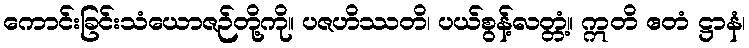
ကောင်းခြင်းသံယောဇဉ်တို့ကို။ ပဇဟိဿတိ၊ ပယ်စွန့်လတ္တံ့။ ဣတိ ဧတံ ဋ္ဌာနံ၊